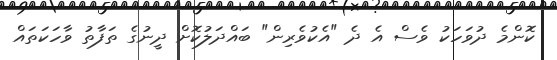
ކޮންމެ ދުވަހަކު ވެސް އެ ދެ "އެކުވެރިން" ބައްދަލުކޮށް ދީނުގެ ތަފާތު ވާހަކަތައް